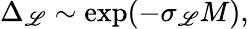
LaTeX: \Delta_{\mathscr{L}}\sim\exp(-\sigma_{\mathscr{L}}M),